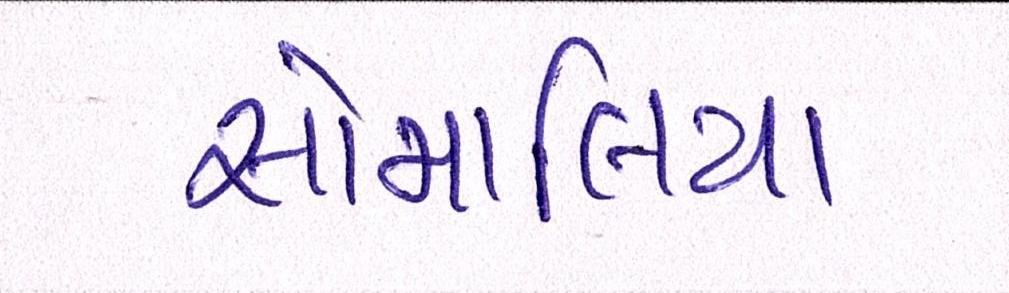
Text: સોમાલિયા